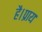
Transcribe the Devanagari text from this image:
है।प्राय